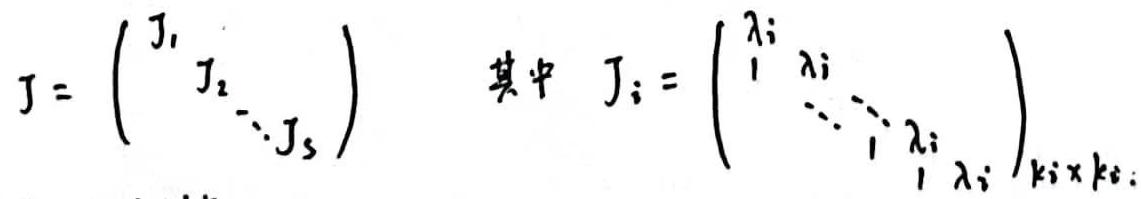
\[
J =
\begin{pmatrix}
J_1 & & \\
& J_2 & \\
& & \ddots & \\
& & & J_s
\end{pmatrix}
\quad
\text{其中}
\quad
J_i =
\begin{pmatrix}
\lambda_i & & & \\
1 & \lambda_i & & \\
& \ddots & \ddots & \\
& & 1 & \lambda_i
\end{pmatrix}_{k_i\times k_i}
\]